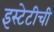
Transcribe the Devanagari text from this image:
इस्टेटीची